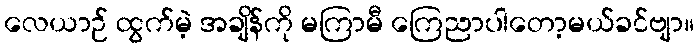
လေယာဉ် ထွက်မဲ့ အချိန်ကို မကြာမီ ကြေညာပါတော့မယ်ခင်ဗျာ။